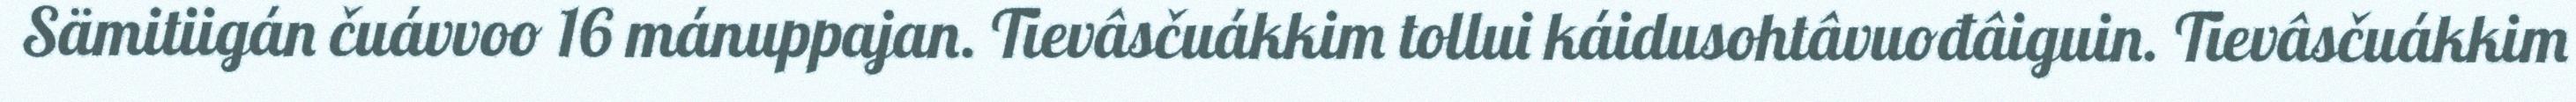
Sämitiigán čuávvoo 16 mánuppajan. Tievâsčuákkim tollui káidusohtâvuođâiguin. Tievâsčuákkim